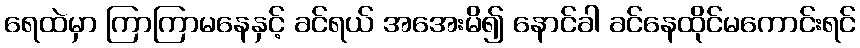
ရေထဲမှာ ကြာကြာမနေနှင့် ခင်ရယ် အအေးမိ၍ နောင်ခါ ခင်နေထိုင်မကောင်းရင်